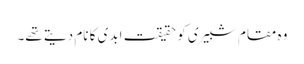
وہ مقام شبیری کو حقیقت ابدی کا نام دیتے تھے۔